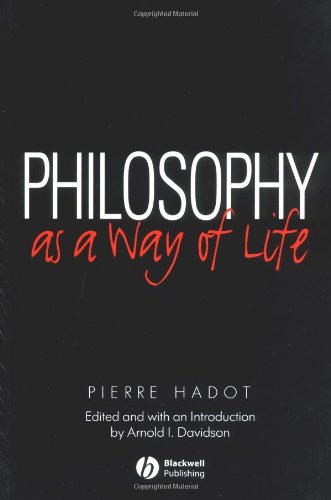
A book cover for Philosophy as a Way of Life: Spiritual Exercises from Socrates to Foucault; Pierre Hadot; Politics & Social Sciences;